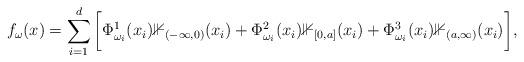
LaTeX: \begin{align*} f_{\omega}(x) = \sum_{i=1}^{d}\bigg[\Phi_{\omega_{i}}^{1}(x_{i})\mathbb{1}_{(-\infty, 0)}(x_{i})+ \Phi_{\omega_{i}}^{2}(x_{i})\mathbb{1}_{[0, a]}(x_{i})+\Phi_{\omega_{i}}^{3}(x_{i})\mathbb{1}_{(a, \infty)}(x_{i}) \bigg],\end{align*}